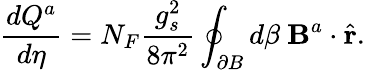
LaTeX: \frac{dQ^{a}}{d\eta}=N_{F}\frac{g_{s}^{2}}{8\pi^{2}}\oint_{\partial B}d\beta\ {\mathbf B}^{a}\cdot\hat{\mathbf r}.